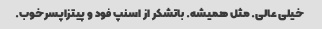
خیلی عالی. مثل همیشه. باتشکر از اسنپ فود و پیتزاپسرخوب.